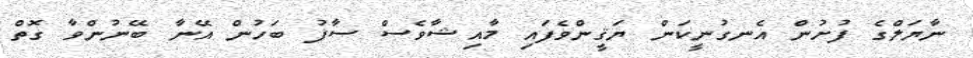
ނާޔަލްގެ ފުށުން އެނގުނީކަން ޔަޤީންވެފައި މާއިޝާވެސް ސާފު ބަހުން އޭނާ ބޭނުންވާ ގޮތް